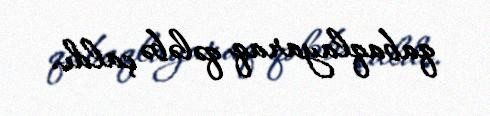
qabaqlayaraq qələbə çaldı.